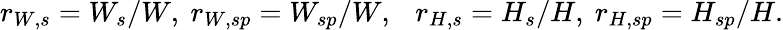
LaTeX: r_{W,s}=W_{s}/W,~r_{W,sp}=W_{sp}/W,~~~r_{H,s}=H_{s}/H,~r_{H,sp}=H_{sp}/H.